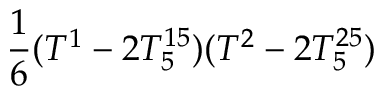
\frac { 1 } { 6 } ( T ^ { 1 } - 2 T _ { 5 } ^ { 1 5 } ) ( T ^ { 2 } - 2 T _ { 5 } ^ { 2 5 } )